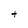
Character: t